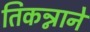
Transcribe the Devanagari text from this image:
तिकन्नाने